Civil Veterinary Department Bengal reports 1933-51 - 1933-1951
Year: 1933
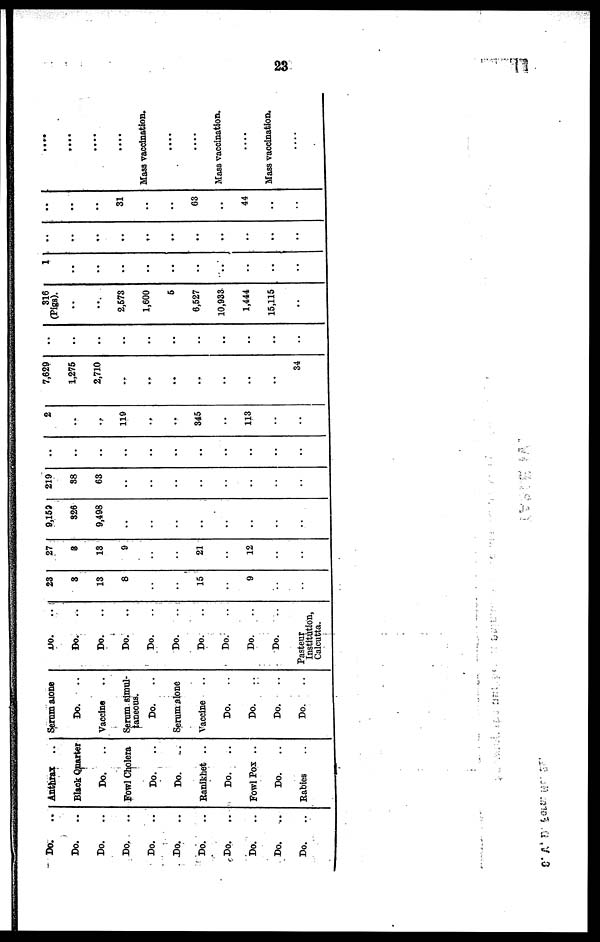
23
Do. ..
Do. ..
Do. ..
Do. ..
Do. ..
Do. ..
Do. ..
Do. ..
Do. ..
Do. ..
Do. ..
Anthrax ..
Black Quarter
Do. ..
Fowl Cholera
Do. ..
Do.
..
Ranikhet ..
Do. ..
Fowl Pox ..
Do. ..
Rabies ..
Serum alone
Do. ..
Vaccine ..
Serum simul-
taneous.
Do. ..
Serum alone
Vaccine ..
Do. ..
Do. ..
Do. ..
Do. ..
Do. ..
Do. ..
Do. ..
Do. ..
Do. ..
Do. ..
Do. ..
Do. ..
Do. ..
Do. ..
Pasteur
Institution,
Calcutta.
23
8
13
8
..
..
15
..
9
..
..
27
8
13
9
..
..
21
..
12
..
..
9,153
326
9,498
..
..
..
..
..
..
..
..
219
38
63
..
..
..
..
..
..
..
..
..
..
..
..
..
..
..
..
..
..
..
2
..
..
119
..
..
345
..
113
..
..
7,629
1,275
2,710
..
..
..
..
..
..
..
34
..
..
..
..
..
..
..
..
..
..
..
316
(Pigs).
..
..
2,573
1,600
5
6,527
10,933
1,444
15,115
..
1
..
..
..
..
..
..
..
..
..
..
..
..
..
..
..
..
..
..
..
..
..
..
..
..
31
..
..
63
..
44
..
..
....
....
....
....
Mass vaccination.
....
....
Mass vaccination.
....
Mass vaccination.
....